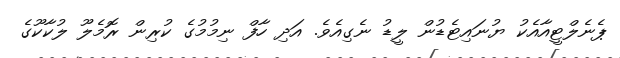
ޕެނެލްޓީއާއެކު ޔުނައިޓެޑުން ލީޑު ނެގިއެވެ. އަދި ހާފް ނިމުމުގެ ކުރިން ރޮމެލޫ ލުކާކޫގެ